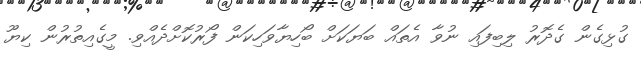
ގުޅިގެން ގެދޮރު ލިބިފައި ނުވާ އެތައް ބަޔަކަށް ބޯހިޔާވަހިކަން ފޯރުކޮށްދެއްވި. މީގެއިތުރުން ކިޔޫ